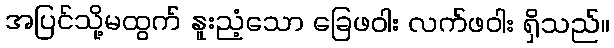
အပြင်သို့မထွက် နူးညံ့သော ခြေဖဝါး လက်ဖဝါး ရှိသည်။